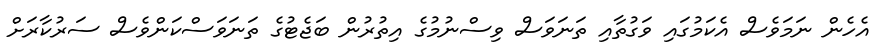
އެހެން ނަމަވެސް އެކަމުގައި ވަގުތާއި ތަނަވަސް ވިސްނުމުގެ އިތުރުން ބަޖެޓުގެ ތަނަވަސްކަންވެސް ސަރުކާރަށް